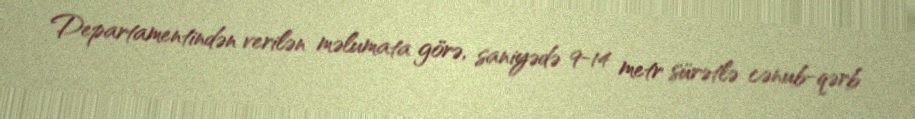
Departamentindən verilən məlumata görə, saniyədə 9-14 metr sürətlə cənub-qərb